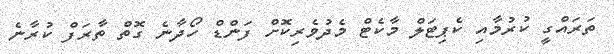
ތަރައްގީ ކުރުމާއި ކެޕިޓަލް މާކެޓް މެދުވެރިކޮށް ފަންޑް ހޯދާނެ ގޮތް ތާރަފް ކުރާނެ